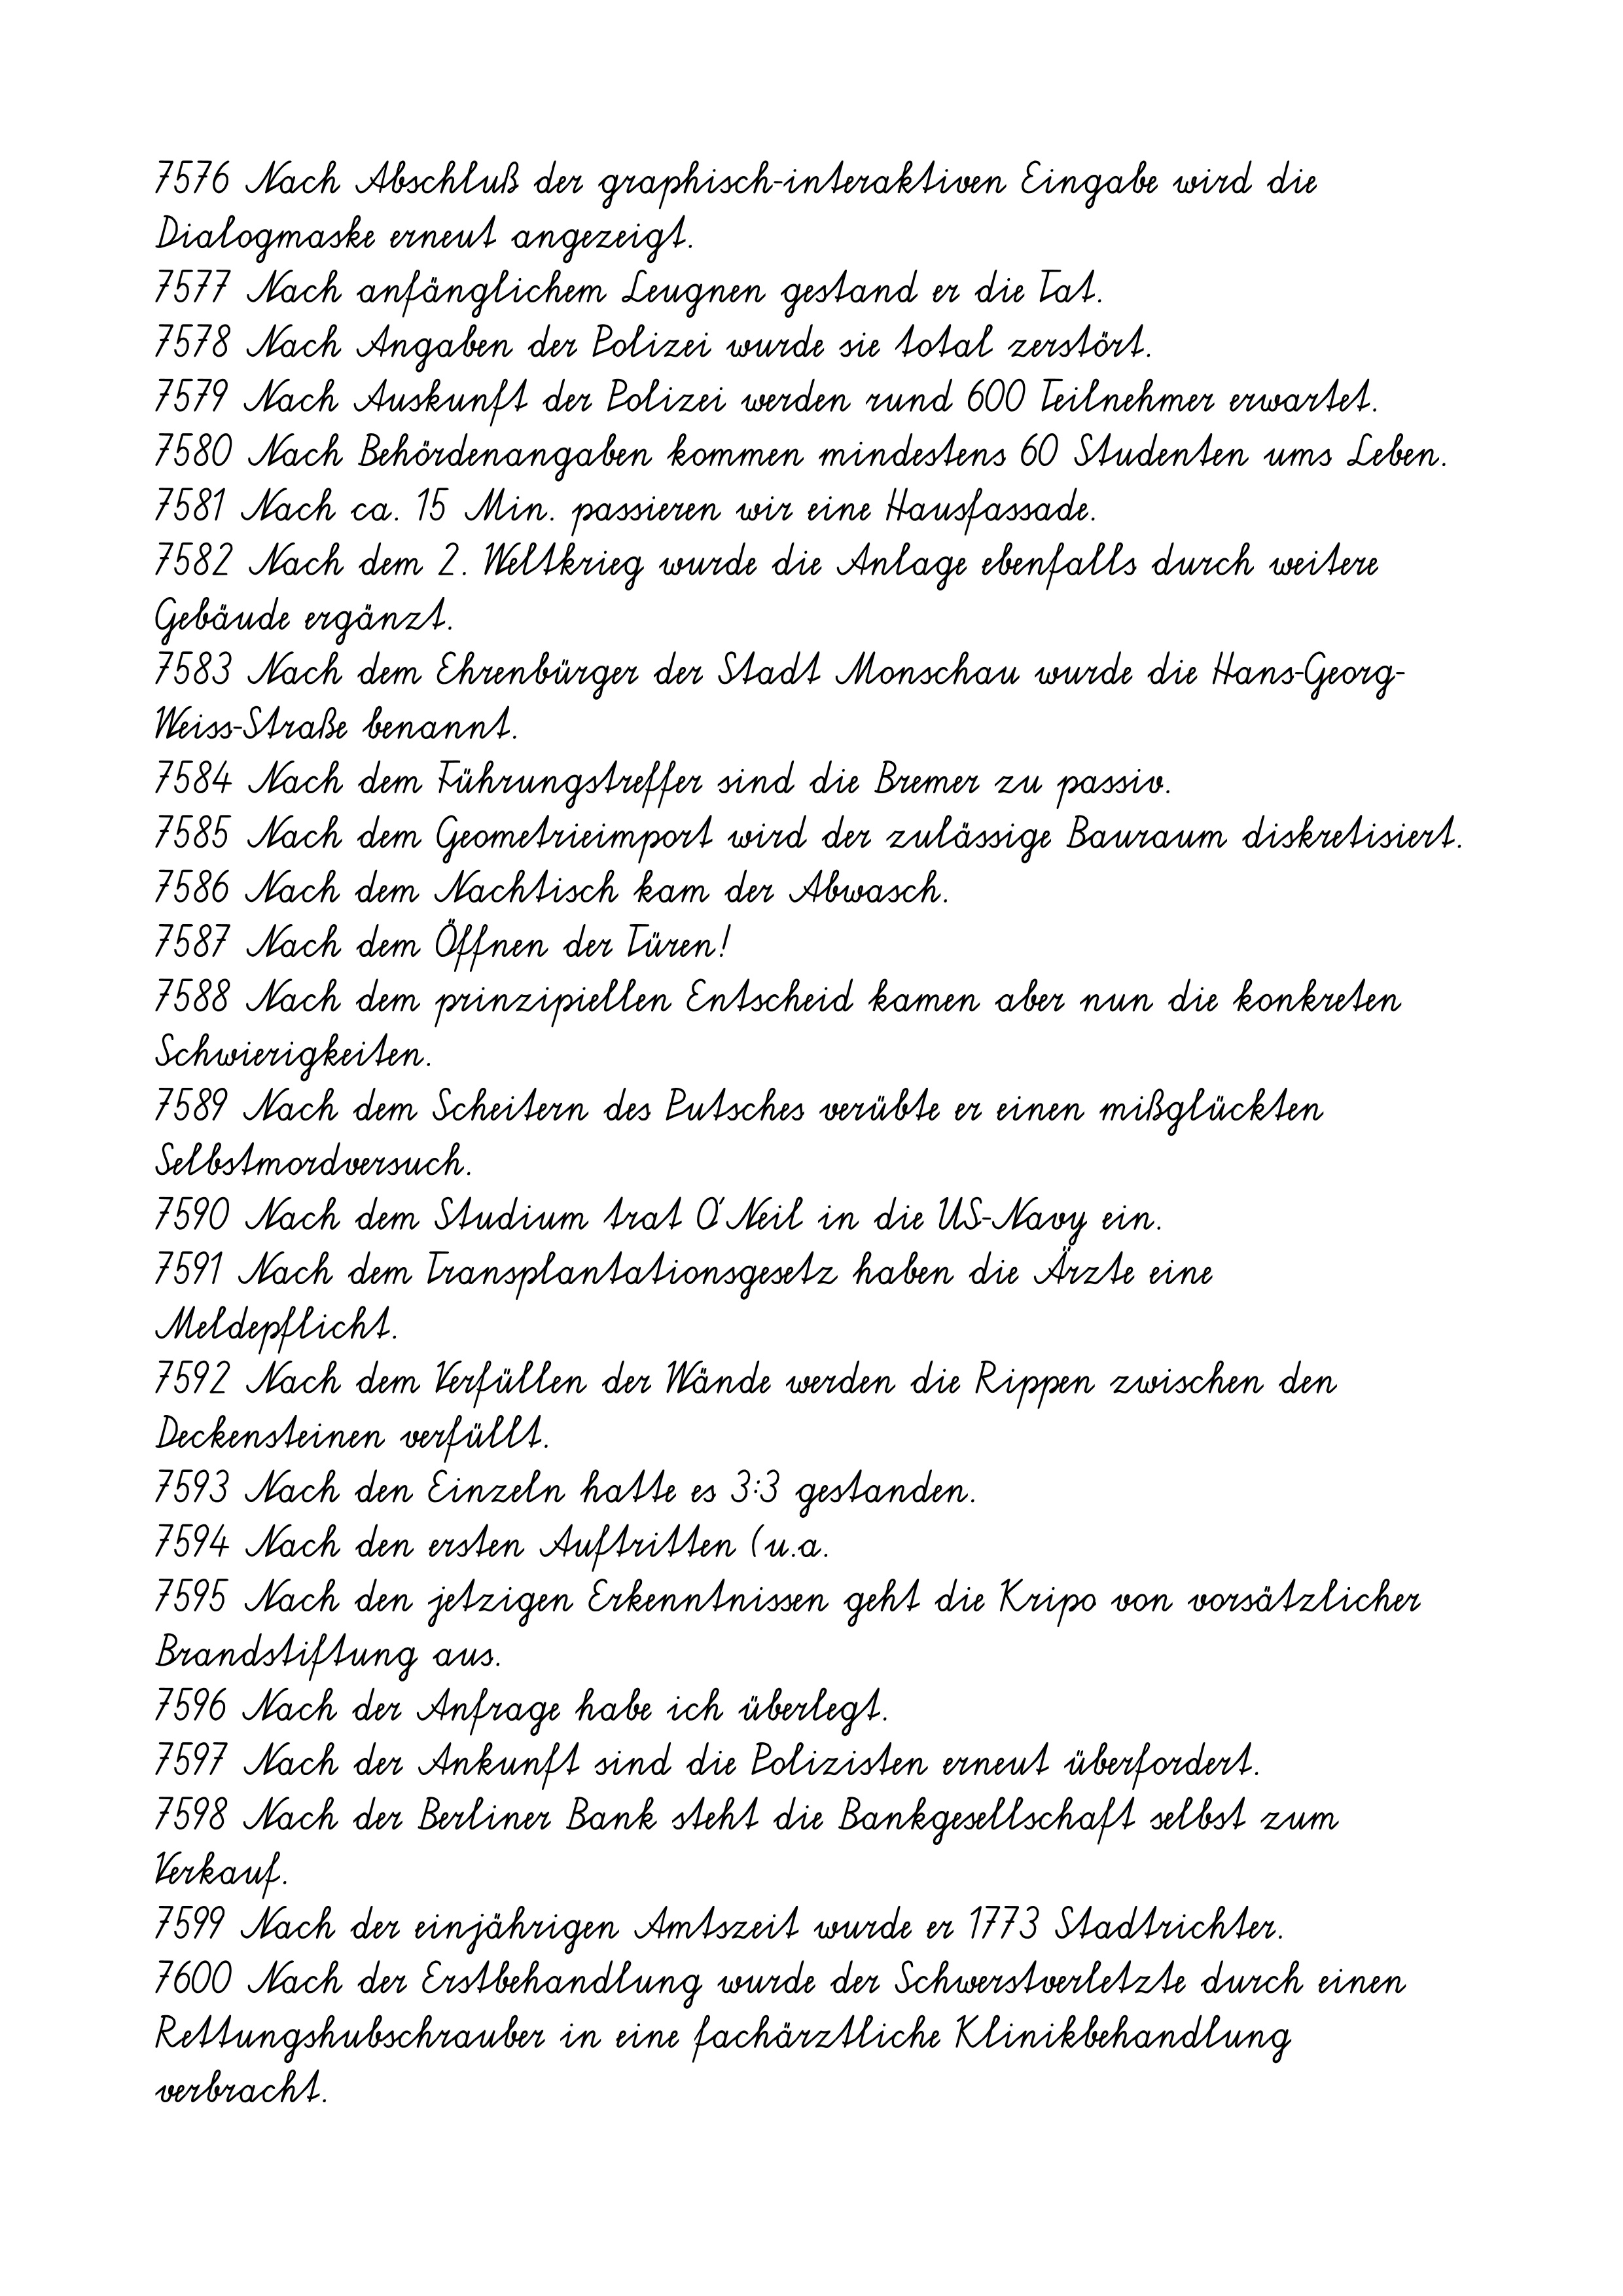
7576 Nach Abschluß der graphisch-interaktiven Eingabe wird die
Dialogmaske erneut angezeigt.
7577 Nach anfänglichem Leugnen gestand er die Tat.
7578 Nach Angaben der Polizei wurde sie total zerstört.
7579 Nach Auskunft der Polizei werden rund 600 Teilnehmer erwartet.
7580 Nach Behördenangaben kommen mindestens 60 Studenten ums Leben.
7581 Nach ca. 15 Min. passieren wir eine Hausfassade.
7582 Nach dem 2. Weltkrieg wurde die Anlage ebenfalls durch weitere
Gebäude ergänzt.
7583 Nach dem Ehrenbürger der Stadt Monschau wurde die Hans-Georg-
Weiss-Straße benannt.
7584 Nach dem Führungstreffer sind die Bremer zu passiv.
7585 Nach dem Geometrieimport wird der zulässige Bauraum diskretisiert.
7586 Nach dem Nachtisch kam der Abwasch.
7587 Nach dem Öffnen der Türen!
7588 Nach dem prinzipiellen Entscheid kamen aber nun die konkreten
Schwierigkeiten.
7589 Nach dem Scheitern des Putsches verübte er einen mißglückten
Selbstmordversuch.
7590 Nach dem Studium trat O’Neil in die US-Navy ein.
7591 Nach dem Transplantationsgesetz haben die Ärzte eine
Meldepflicht.
7592 Nach dem Verfüllen der Wände werden die Rippen zwischen den
Deckensteinen verfüllt.
7593 Nach den Einzeln hatte es 3:3 gestanden.
7594 Nach den ersten Auftritten (u.a.
7595 Nach den jetzigen Erkenntnissen geht die Kripo von vorsätzlicher
Brandstiftung aus.
7596 Nach der Anfrage habe ich überlegt.
7597 Nach der Ankunft sind die Polizisten erneut überfordert.
7598 Nach der Berliner Bank steht die Bankgesellschaft selbst zum
Verkauf.
7599 Nach der einjährigen Amtszeit wurde er 1773 Stadtrichter.
7600 Nach der Erstbehandlung wurde der Schwerstverletzte durch einen
Rettungshubschrauber in eine fachärztliche Klinikbehandlung
verbracht.